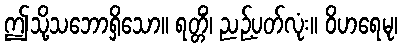
ဤသို့သဘောရှိသော။ ရတ္တိံ၊ ညဉ့်ပတ်လုံး။ ဝိဟရေမု၊